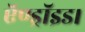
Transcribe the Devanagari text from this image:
ऍण्ड्रॉइड।